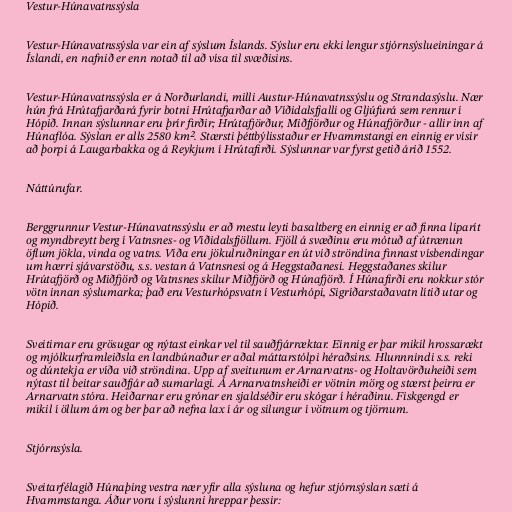
Vestur-Húnavatnssýsla

Vestur-Húnavatnssýsla var ein af sýslum Íslands. Sýslur eru ekki lengur stjórnsýslueiningar á
Íslandi, en nafnið er enn notað til að vísa til svæðisins.

Vestur-Húnavatnssýsla er á Norðurlandi, milli Austur-Húnavatnssýslu og Strandasýslu. Nær
hún frá Hrútafjarðará fyrir botni Hrútafjarðar að Víðidalsfjalli og Gljúfurá sem rennur í
Hópið. Innan sýslunnar eru þrír firðir; Hrútafjörður, Miðfjörður og Húnafjörður - allir inn af
Húnaflóa. Sýslan er alls 2580 km². Stærsti þéttbýlisstaður er Hvammstangi en einnig er vísir
að þorpi á Laugarbakka og á Reykjum í Hrútafirði. Sýslunnar var fyrst getið árið 1552.

Náttúrufar.

Berggrunnur Vestur-Húnavatnssýslu er að mestu leyti basaltberg en einnig er að finna líparít
og myndbreytt berg í Vatnsnes- og Víðidalsfjöllum. Fjöll á svæðinu eru mótuð af útrænun
öflum jökla, vinda og vatns. Víða eru jökulruðningar en út við ströndina finnast vísbendingar
um hærri sjávarstöðu, s.s. vestan á Vatnsnesi og á Heggstaðanesi. Heggstaðanes skilur
Hrútafjörð og Miðfjörð og Vatnsnes skilur Miðfjörð og Húnafjörð. Í Húnafirði eru nokkur stór
vötn innan sýslumarka; það eru Vesturhópsvatn í Vesturhópi, Sigríðarstaðavatn lítið utar og
Hópið.

Sveitirnar eru grösugar og nýtast einkar vel til sauðfjárræktar. Einnig er þar mikil hrossarækt
og mjólkurframleiðsla en landbúnaður er aðal máttarstólpi héraðsins. Hlunnnindi s.s. reki
og dúntekja er víða við ströndina. Upp af sveitunum er Arnarvatns- og Holtavörðuheiði sem
nýtast til beitar sauðfjár að sumarlagi. Á Arnarvatnsheiði er vötnin mörg og stærst þeirra er
Arnarvatn stóra. Heiðarnar eru grónar en sjaldséðir eru skógar í héraðinu. Fiskgengd er
mikil í öllum ám og ber þar að nefna lax í ár og silungur í vötnum og tjörnum.

Stjórnsýsla.

Sveitarfélagið Húnaþing vestra nær yfir alla sýsluna og hefur stjórnsýslan sæti á
Hvammstanga. Áður voru í sýslunni hreppar þessir: